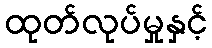
ထုတ်လုပ်မှုနှင့်